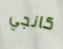
كانجي